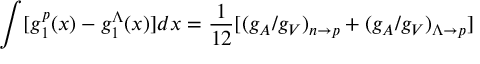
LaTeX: \int [ g _ { 1 } ^ { p } ( x ) - g _ { 1 } ^ { \Lambda } ( x ) ] d x = { \frac { 1 } { 1 2 } } [ ( g _ { A } / g _ { V } ) _ { n \rightarrow p } + ( g _ { A } / g _ { V } ) _ { \Lambda \rightarrow p } ]